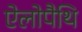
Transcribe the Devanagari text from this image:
ऐलोपैथि